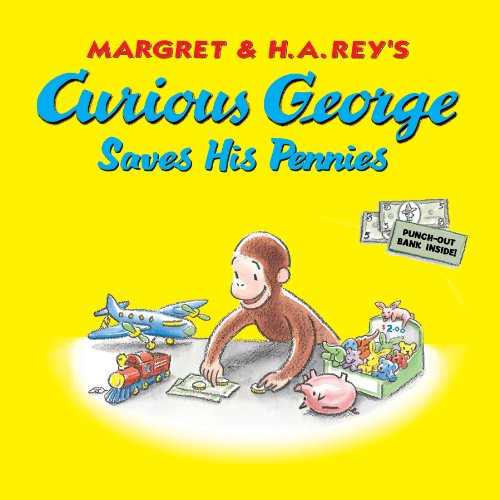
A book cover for Curious George Saves His Pennies; H. A. Rey; Children's Books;